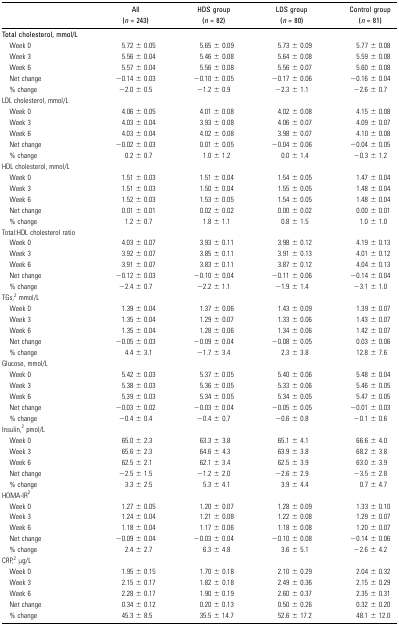
<table><thead><tr><td></td><td><b>All (<i>n</i> = 243)</b></td><td><b>HDS group (<i>n</i> = 82)</b></td><td><b>LDS group (<i>n</i> = 80)</b></td><td><b>Control group (<i>n</i> = 81)</b></td></tr></thead><tbody><tr><td>Total cholesterol, mmol/L</td><td></td><td></td><td></td><td></td></tr><tr><td> Week 0</td><td>5.72 ± 0.05</td><td>5.65 ± 0.09</td><td>5.73 ± 0.09</td><td>5.77 ± 0.08</td></tr><tr><td> Week 3</td><td>5.56 ± 0.04</td><td>5.46 ± 0.08</td><td>5.64 ± 0.08</td><td>5.59 ± 0.08</td></tr><tr><td> Week 6</td><td>5.57 ± 0.04</td><td>5.56 ± 0.08</td><td>5.56 ± 0.07</td><td>5.60 ± 0.08</td></tr><tr><td> Net change</td><td>−0.14 ± 0.03</td><td>−0.10 ± 0.05</td><td>−0.17 ± 0.06</td><td>−0.16 ± 0.04</td></tr><tr><td> % change</td><td>−2.0 ± 0.5</td><td>−1.2 ± 0.9</td><td>−2.3 ± 1.1</td><td>−2.6 ± 0.7</td></tr><tr><td>LDL cholesterol, mmol/L</td><td></td><td></td><td></td><td></td></tr><tr><td> Week 0</td><td>4.06 ± 0.05</td><td>4.01 ± 0.08</td><td>4.02 ± 0.08</td><td>4.15 ± 0.08</td></tr><tr><td> Week 3</td><td>4.03 ± 0.04</td><td>3.93 ± 0.08</td><td>4.06 ± 0.07</td><td>4.09 ± 0.07</td></tr><tr><td> Week 6</td><td>4.03 ± 0.04</td><td>4.02 ± 0.08</td><td>3.98 ± 0.07</td><td>4.10 ± 0.08</td></tr><tr><td> Net change</td><td>−0.02 ± 0.03</td><td>0.01 ± 0.05</td><td>−0.04 ± 0.06</td><td>−0.04 ± 0.05</td></tr><tr><td> % change</td><td>0.2 ± 0.7</td><td>1.0 ± 1.2</td><td>0.0 ± 1.4</td><td>−0.3 ± 1.2</td></tr><tr><td>HDL cholesterol, mmol/L</td><td></td><td></td><td></td><td></td></tr><tr><td> Week 0</td><td>1.51 ± 0.03</td><td>1.51 ± 0.04</td><td>1.54 ± 0.05</td><td>1.47 ± 0.04</td></tr><tr><td> Week 3</td><td>1.51 ± 0.03</td><td>1.50 ± 0.04</td><td>1.55 ± 0.05</td><td>1.48 ± 0.04</td></tr><tr><td> Week 6</td><td>1.52 ± 0.03</td><td>1.53 ± 0.05</td><td>1.54 ± 0.05</td><td>1.48 ± 0.04</td></tr><tr><td> Net change</td><td>0.01 ± 0.01</td><td>0.02 ± 0.02</td><td>0.00 ± 0.02</td><td>0.00 ± 0.01</td></tr><tr><td> % change</td><td>1.2 ± 0.7</td><td>1.8 ± 1.1</td><td>0.8 ± 1.5</td><td>1.0 ± 1.0</td></tr><tr><td>Total:HDL cholesterol ratio</td><td></td><td></td><td></td><td></td></tr><tr><td> Week 0</td><td>4.03 ± 0.07</td><td>3.93 ± 0.11</td><td>3.98 ± 0.12</td><td>4.19 ± 0.13</td></tr><tr><td> Week 3</td><td>3.92 ± 0.07</td><td>3.85 ± 0.11</td><td>3.91 ± 0.13</td><td>4.01 ± 0.12</td></tr><tr><td> Week 6</td><td>3.91 ± 0.07</td><td>3.83 ± 0.11</td><td>3.87 ± 0.12</td><td>4.04 ± 0.13</td></tr><tr><td> Net change</td><td>−0.12 ± 0.03</td><td>−0.10 ± 0.04</td><td>−0.11 ± 0.06</td><td>−0.14 ± 0.04</td></tr><tr><td> % change</td><td>−2.4 ± 0.7</td><td>−2.2 ± 1.1</td><td>−1.9 ± 1.4</td><td>−3.1 ± 1.0</td></tr><tr><td>TGs,<sup>2</sup> mmol/L</td><td></td><td></td><td></td><td></td></tr><tr><td> Week 0</td><td>1.39 ± 0.04</td><td>1.37 ± 0.06</td><td>1.43 ± 0.09</td><td>1.39 ± 0.07</td></tr><tr><td> Week 3</td><td>1.35 ± 0.04</td><td>1.29 ± 0.07</td><td>1.33 ± 0.06</td><td>1.43 ± 0.07</td></tr><tr><td> Week 6</td><td>1.35 ± 0.04</td><td>1.28 ± 0.06</td><td>1.34 ± 0.06</td><td>1.42 ± 0.07</td></tr><tr><td> Net change</td><td>−0.05 ± 0.03</td><td>−0.09 ± 0.04</td><td>−0.08 ± 0.05</td><td>0.03 ± 0.06</td></tr><tr><td> % change</td><td>4.4 ± 3.1</td><td>−1.7 ± 3.4</td><td>2.3 ± 3.8</td><td>12.8 ± 7.6</td></tr><tr><td>Glucose, mmol/L</td><td></td><td></td><td></td><td></td></tr><tr><td> Week 0</td><td>5.42 ± 0.03</td><td>5.37 ± 0.05</td><td>5.40 ± 0.06</td><td>5.48 ± 0.04</td></tr><tr><td> Week 3</td><td>5.38 ± 0.03</td><td>5.36 ± 0.05</td><td>5.33 ± 0.06</td><td>5.46 ± 0.05</td></tr><tr><td> Week 6</td><td>5.39 ± 0.03</td><td>5.34 ± 0.05</td><td>5.34 ± 0.05</td><td>5.47 ± 0.05</td></tr><tr><td> Net change</td><td>−0.03 ± 0.02</td><td>−0.03 ± 0.04</td><td>−0.05 ± 0.05</td><td>−0.01 ± 0.03</td></tr><tr><td> % change</td><td>−0.4 ± 0.4</td><td>−0.4 ± 0.7</td><td>−0.6 ± 0.8</td><td>−0.1 ± 0.6</td></tr><tr><td>Insulin,<sup>2</sup> pmol/L</td><td></td><td></td><td></td><td></td></tr><tr><td> Week 0</td><td>65.0 ± 2.3</td><td>63.3 ± 3.8</td><td>65.1 ± 4.1</td><td>66.6 ± 4.0</td></tr><tr><td> Week 3</td><td>65.6 ± 2.3</td><td>64.6 ± 4.3</td><td>63.9 ± 3.8</td><td>68.2 ± 3.8</td></tr><tr><td> Week 6</td><td>62.5 ± 2.1</td><td>62.1 ± 3.4</td><td>62.5 ± 3.9</td><td>63.0 ± 3.9</td></tr><tr><td> Net change</td><td>−2.5 ± 1.5</td><td>−1.2 ± 2.0</td><td>−2.6 ± 2.9</td><td>−3.5 ± 2.8</td></tr><tr><td> % change</td><td>3.3 ± 2.5</td><td>5.3 ± 4.1</td><td>3.9 ± 4.4</td><td>0.7 ± 4.7</td></tr><tr><td>HOMA-IR<sup>2</sup></td><td></td><td></td><td></td><td></td></tr><tr><td> Week 0</td><td>1.27 ± 0.05</td><td>1.20 ± 0.07</td><td>1.28 ± 0.09</td><td>1.33 ± 0.10</td></tr><tr><td> Week 3</td><td>1.24 ± 0.04</td><td>1.21 ± 0.08</td><td>1.22 ± 0.08</td><td>1.29 ± 0.07</td></tr><tr><td> Week 6</td><td>1.18 ± 0.04</td><td>1.17 ± 0.06</td><td>1.18 ± 0.08</td><td>1.20 ± 0.07</td></tr><tr><td> Net change</td><td>−0.09 ± 0.04</td><td>−0.03 ± 0.04</td><td>−0.10 ± 0.08</td><td>−0.14 ± 0.06</td></tr><tr><td> % change</td><td>2.4 ± 2.7</td><td>6.3 ± 4.8</td><td>3.6 ± 5.1</td><td>−2.6 ± 4.2</td></tr><tr><td>CRP,<sup>2</sup> μg/L</td><td></td><td></td><td></td><td></td></tr><tr><td> Week 0</td><td>1.95 ± 0.15</td><td>1.70 ± 0.18</td><td>2.10 ± 0.29</td><td>2.04 ± 0.32</td></tr><tr><td> Week 3</td><td>2.15 ± 0.17</td><td>1.82 ± 0.18</td><td>2.49 ± 0.36</td><td>2.15 ± 0.29</td></tr><tr><td> Week 6</td><td>2.28 ± 0.17</td><td>1.90 ± 0.19</td><td>2.60 ± 0.37</td><td>2.35 ± 0.31</td></tr><tr><td> Net change</td><td>0.34 ± 0.12</td><td>0.20 ± 0.13</td><td>0.50 ± 0.26</td><td>0.32 ± 0.20</td></tr><tr><td> % change</td><td>45.3 ± 8.5</td><td>35.5 ± 14.7</td><td>52.6 ± 17.2</td><td>48.1 ± 12.0</td></tr></tbody></table>